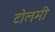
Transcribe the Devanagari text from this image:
टोलमी